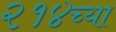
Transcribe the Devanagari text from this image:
२१४च्या